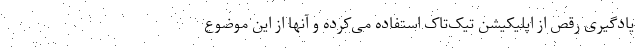
یادگیری رقص از اپلیکیشن تیک‌تاک استفاده می‌کرده و آنها از این موضوع